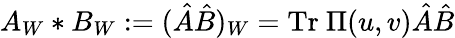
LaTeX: A_{W}*B_{W}:=(\hat{A}\hat{B})_{W}=\mathrm{Tr}~\Pi(u,v)\hat{A}\hat{B}